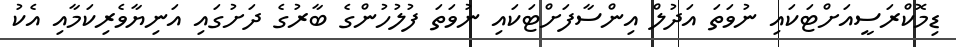
ޑިމޮކްރަސީއަށްޓަކައި ނުވަތަ އަދުލް އިންސާފަށްޓަކައި ނުވަތަ ފުލުހުންގެ ބާރުގެ ދަށުގައި އަނިޔާވެރިކަމާއި އެކު